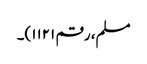
مسلم، رقم ۱۱۲۱)۔